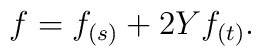
f = f_{(s)} + 2 Y f_{(t)}.